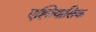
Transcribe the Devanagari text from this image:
एह्तियासिक